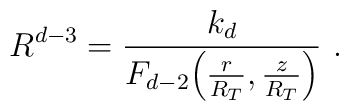
R^{d-3}= \frac{k_d}{F_{d-2} \Big( \frac{r}{R_T} , \frac{z}{R_T} \Big)} \ .